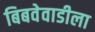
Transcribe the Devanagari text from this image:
बिबवेवाडीला